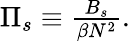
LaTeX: \begin{array}{r}{\Pi_{s}\equiv\frac{B_{s}}{\beta N^{2}}.}\end{array}